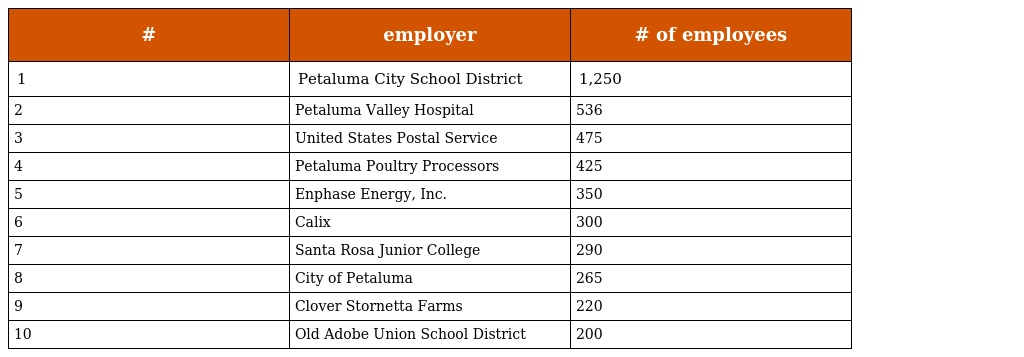
| # | employer | # of employees |
 | --- | --- | --- |
 | 1 | Petaluma City School District | 1,250 |
 | 2 | Petaluma Valley Hospital | 536 |
 | 3 | United States Postal Service | 475 |
 | 4 | Petaluma Poultry Processors | 425 |
 | 5 | Enphase Energy, Inc. | 350 |
 | 6 | Calix | 300 |
 | 7 | Santa Rosa Junior College | 290 |
 | 8 | City of Petaluma | 265 |
 | 9 | Clover Stornetta Farms | 220 |
 | 10 | Old Adobe Union School District | 200 |